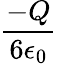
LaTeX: \frac{-Q}{6\epsilon_{0}}